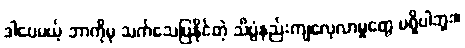
ဒါပေမယ့် ဘာကိုမှ သက်သေပြနိုင်တဲ့ သိပ္ပံနည်းကျလေ့လာမှုတွေ မရှိပါဘူး။